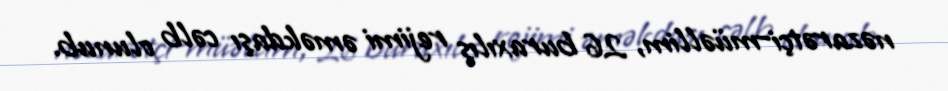
nəzarətçi–müəllim, 26 buraxılış rejimi əməkdaşı cəlb olunub.